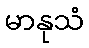
မာနုသံ